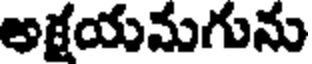
అక్షయమగును